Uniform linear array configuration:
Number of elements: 48
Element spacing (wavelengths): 0.75
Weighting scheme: hamming
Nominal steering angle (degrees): -45
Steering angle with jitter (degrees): -45.1
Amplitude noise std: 0.05
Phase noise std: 0.05

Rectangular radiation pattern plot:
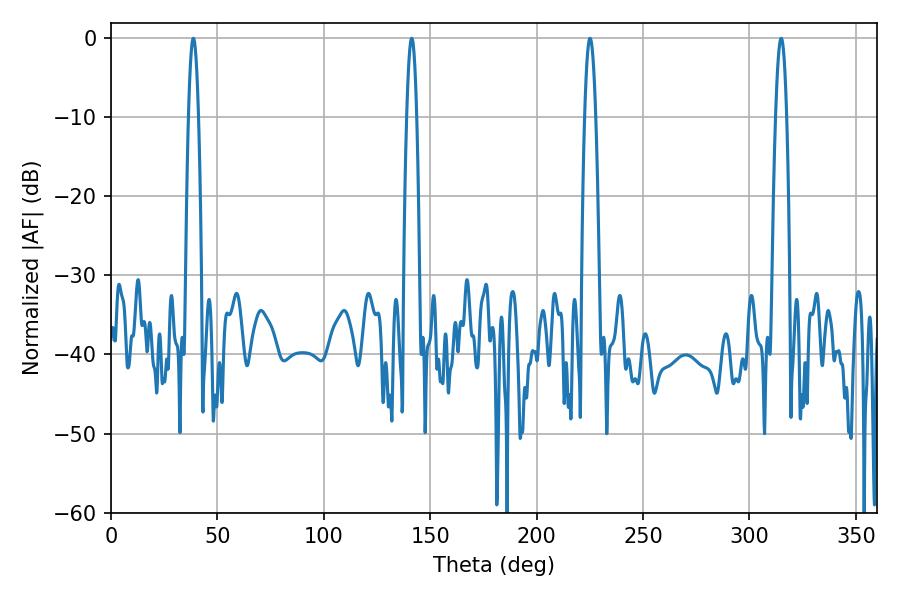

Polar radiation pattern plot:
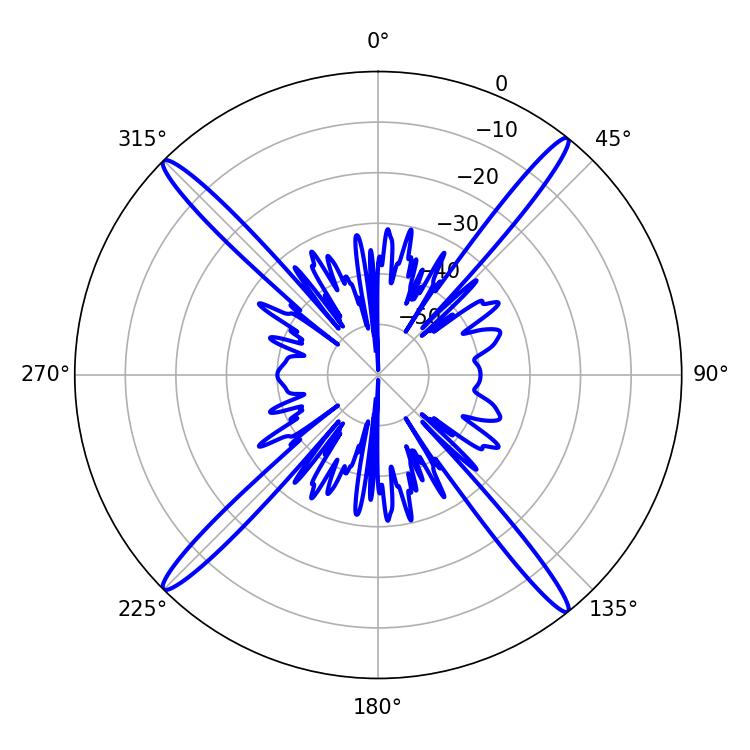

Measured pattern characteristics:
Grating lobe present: TRUE
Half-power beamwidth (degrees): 2.52
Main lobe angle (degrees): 141.3